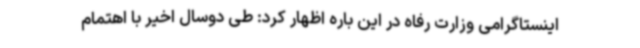
اینستاگرامی وزارت رفاه در این باره اظهار کرد: طی دوسال اخیر با اهتمام